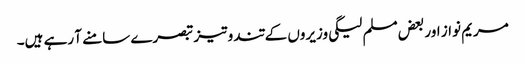
مریم نواز اور بعض مسلم لیگی وزیروں کے تند و تیز تبصرے سامنے آ رہے ہیں۔